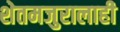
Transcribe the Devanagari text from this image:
शेतमजुरालाही